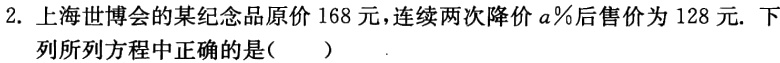
2. 上海世博会的某纪念品原价168元，连续两次降价\(a\%\)后售价为128元. 下列所列方程中正确的是（  ）  .